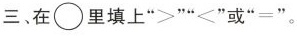
三、在○ 里填上">""<"或"="。